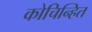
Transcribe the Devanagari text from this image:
कोचिन्हित